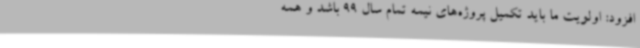
افزود: اولویت ما باید تکمیل پروژه‌های نیمه تمام سال 99 باشد و همه